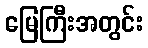
မြေကြီးအတွင်း